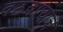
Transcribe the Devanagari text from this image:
वठवण्याचे